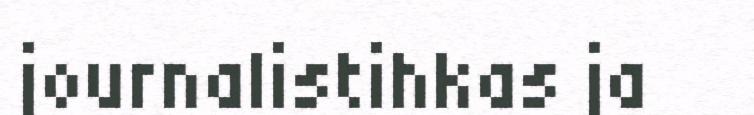
journalistihkas ja